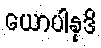
ယောပါနုဒိ